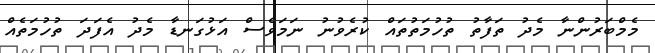
މެމްބަރުންނާ މެދު ތަފާތު ތުހުމަތުތައް ކުރެވުނު ނަމަވެސް އަޅުގަނޑާ މެދު އެފަދަ ތުހުމަތެއް